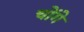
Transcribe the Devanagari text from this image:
चोंगे